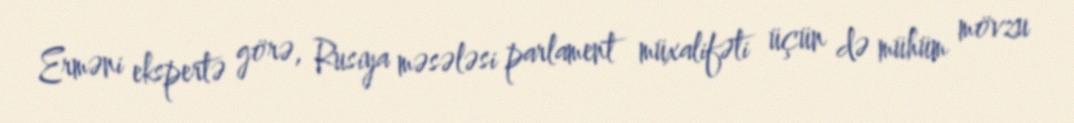
Erməni ekspertə görə, Rusiya məsələsi parlament müxalifəti üçün də mühüm mövzu